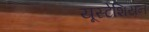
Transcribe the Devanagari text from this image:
यूस्टेशियन